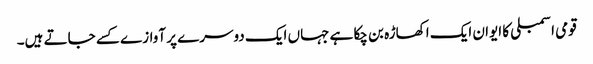
قومی اسمبلی کا ایوان ایک اکھاڑہ بن چکا ہے جہاں ایک دوسرے پر آوازے کسے جاتے ہیں۔